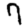
Digit: 7